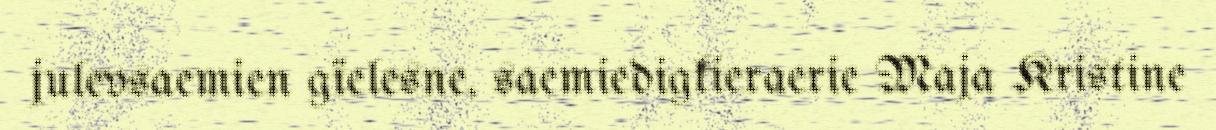
julevsaemien gïelesne, saemiedigkieraerie Maja Kristine